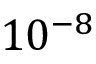
1 0 ^ { - 8 }